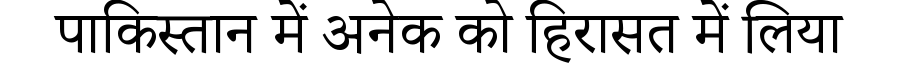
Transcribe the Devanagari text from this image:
पाकिस्तान में अनेक को हिरासत में लिया